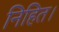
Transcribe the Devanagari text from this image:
निहित।